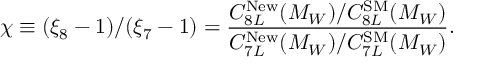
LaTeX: \chi \equiv ( \xi _ { 8 } - 1 ) / ( \xi _ { 7 } - 1 ) = \frac { C _ { 8 L } ^ { \mathrm { N e w } } ( M _ { W } ) / C _ { 8 L } ^ { \mathrm { S M } } ( M _ { W } ) } { C _ { 7 L } ^ { \mathrm { N e w } } ( M _ { W } ) / C _ { 7 L } ^ { \mathrm { S M } } ( M _ { W } ) } .